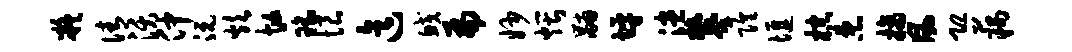
凝倩沃仲沅炊忙瑶恨迄鲛扁妙煨黼坪漶攀隍堰棕患摘风恐藕